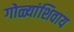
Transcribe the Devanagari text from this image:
गोळ्यांशिवाय